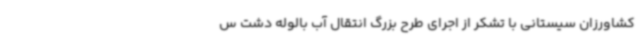
کشاورزان سیستانی با تشکر از اجرای طرح بزرگ انتقال آب بالوله دشت س